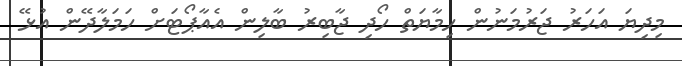
މިދިޔަ އަހަރު ޖަރުމަނުން ހިމާޔަތް ހޯދި ޖާބިރު ބާލިން އެއާޕޯޓަށް ހަމަލާދޭން އުޅޭ